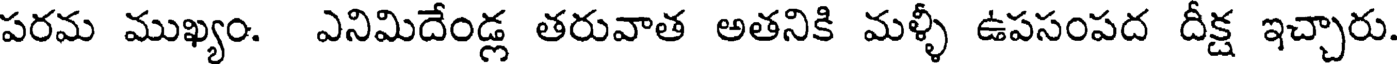
పరమ ముఖ్యం. ఎనిమిదేండ్ల తరువాత అతనికి మళ్ళీ ఉపసంపద దీక్ష ఇచ్చారు.